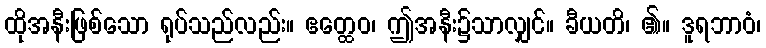
ထိုအနီးဖြစ်သော ရုပ်သည်လည်း။ ဧတ္ထေဝ၊ ဤအနီး၌သာလျှင်။ ခီယတိ၊ ၏။ ဒူရဘာဝံ၊